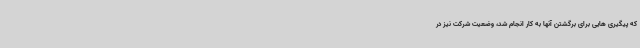
که پیگیری هایی برای برگشتن آنها به کار انجام شد، وضعیت شرکت نیز در